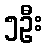
၅ဦး